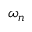
\omega _ { n }